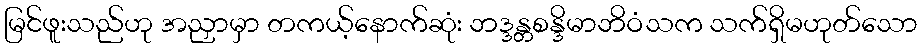
မြင်ဖူးသည်ဟု အညှာမှာ တကယ့်နောက်ဆုံး ဘဒ္ဒန္တစန္ဒိမာဘိဝံသက သက်ရှိမဟုတ်သော